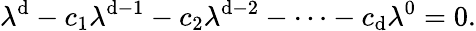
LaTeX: \lambda^{\mathrm{d}}-c_{1}\lambda^{\mathrm{d}-1}-c_{2}\lambda^{\mathrm{d}-2}-\cdots-c_{\mathrm{d}}\lambda^{0}=0.